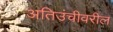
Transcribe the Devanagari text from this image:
अतिउंचीवरील